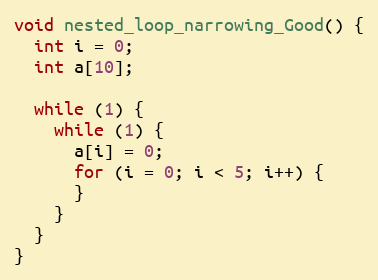
Language: C
void nested_loop_narrowing_Good() {
  int i = 0;
  int a[10];

  while (1) {
    while (1) {
      a[i] = 0;
      for (i = 0; i < 5; i++) {
      }
    }
  }
}